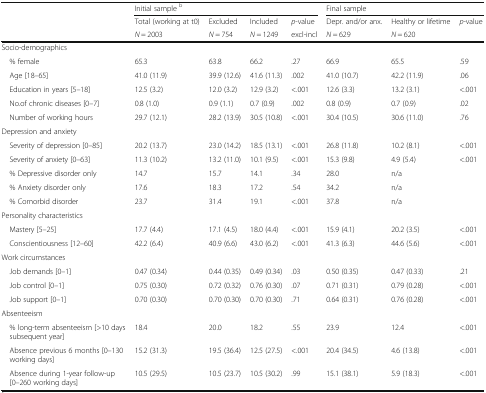
<table><thead><tr><td rowspan="3"></td><td colspan="4"><b>Initial sample <sup>b</sup></b></td><td colspan="3"><b>Final sample</b></td></tr><tr><td><b>Total (working at t0)</b></td><td><b>Excluded</b></td><td><b>Included</b></td><td><b><i>p</i>-value</b></td><td><b>Depr. and/or anx.</b></td><td><b>Healthy or lifetime</b></td><td rowspan="2"><b><i>p</i>-value</b></td></tr><tr><td><b><i>N</i> = 2003</b></td><td><b><i>N</i> = 754</b></td><td><b><i>N</i> = 1249</b></td><td><b>excl-incl</b></td><td><b><i>N</i> = 629</b></td><td><b><i>N</i> = 620</b></td></tr></thead><tbody><tr><td colspan="8">Socio-demographics</td></tr><tr><td> % female</td><td>65.3</td><td>63.8</td><td>66.2</td><td>.27</td><td>66.9</td><td>65.5</td><td>.59</td></tr><tr><td> Age [18–65]</td><td>41.0 (11.9)</td><td>39.9 (12.6)</td><td>41.6 (11.3)</td><td>.002</td><td>41.0 (10.7)</td><td>42.2 (11.9)</td><td>.06</td></tr><tr><td> Education in years [5–18]</td><td>12.5 (3.2)</td><td>12.0 (3.2)</td><td>12.9 (3.2)</td><td>&lt;.001</td><td>12.6 (3.3)</td><td>13.2 (3.1)</td><td>&lt;.001</td></tr><tr><td> No.of chronic diseases [0–7]</td><td>0.8 (1.0)</td><td>0.9 (1.1)</td><td>0.7 (0.9)</td><td>.002</td><td>0.8 (0.9)</td><td>0.7 (0.9)</td><td>.02</td></tr><tr><td> Number of working hours</td><td>29.7 (12.1)</td><td>28.2 (13.9)</td><td>30.5 (10.8)</td><td>&lt;.001</td><td>30.4 (10.5)</td><td>30.6 (11.0)</td><td>.76</td></tr><tr><td colspan="8">Depression and anxiety</td></tr><tr><td> Severity of depression [0–85]</td><td>20.2 (13.7)</td><td>23.0 (14.2)</td><td>18.5 (13.1)</td><td>&lt;.001</td><td>26.8 (11.8)</td><td>10.2 (8.1)</td><td>&lt;.001</td></tr><tr><td> Severity of anxiety [0–63]</td><td>11.3 (10.2)</td><td>13.2 (11.0)</td><td>10.1 (9.5)</td><td>&lt;.001</td><td>15.3 (9.8)</td><td>4.9 (5.4)</td><td>&lt;.001</td></tr><tr><td> % Depressive disorder only</td><td>14.7</td><td>15.7</td><td>14.1</td><td>.34</td><td>28.0</td><td>n/a</td><td></td></tr><tr><td> % Anxiety disorder only</td><td>17.6</td><td>18.3</td><td>17.2</td><td>.54</td><td>34.2</td><td>n/a</td><td></td></tr><tr><td> % Comorbid disorder</td><td>23.7</td><td>31.4</td><td>19.1</td><td>&lt;.001</td><td>37.8</td><td>n/a</td><td></td></tr><tr><td colspan="8">Personality characteristics</td></tr><tr><td> Mastery [5–25]</td><td>17.7 (4.4)</td><td>17.1 (4.5)</td><td>18.0 (4.4)</td><td>&lt;.001</td><td>15.9 (4.1)</td><td>20.2 (3.5)</td><td>&lt;.001</td></tr><tr><td> Conscientiousness [12–60]</td><td>42.2 (6.4)</td><td>40.9 (6.6)</td><td>43.0 (6.2)</td><td>&lt;.001</td><td>41.3 (6.3)</td><td>44.6 (5.6)</td><td>&lt;.001</td></tr><tr><td colspan="8">Work circumstances</td></tr><tr><td> Job demands [0–1]</td><td>0.47 (0.34)</td><td>0.44 (0.35)</td><td>0.49 (0.34)</td><td>.03</td><td>0.50 (0.35)</td><td>0.47 (0.33)</td><td>.21</td></tr><tr><td> Job control [0–1]</td><td>0.75 (0.30)</td><td>0.72 (0.32)</td><td>0.76 (0.30)</td><td>.07</td><td>0.71 (0.31)</td><td>0.79 (0.28)</td><td>&lt;.001</td></tr><tr><td> Job support [0–1]</td><td>0.70 (0.30)</td><td>0.70 (0.30)</td><td>0.70 (0.30)</td><td>.71</td><td>0.64 (0.31)</td><td>0.76 (0.28)</td><td>&lt;.001</td></tr><tr><td colspan="8">Absenteeism</td></tr><tr><td> % long-term absenteeism [&gt;10 days subsequent year]</td><td>18.4</td><td>20.0</td><td>18.2</td><td>.55</td><td>23.9</td><td>12.4</td><td>&lt;.001</td></tr><tr><td> Absence previous 6 months [0–130 working days]</td><td>15.2 (31.3)</td><td>19.5 (36.4)</td><td>12.5 (27.5)</td><td>&lt;.001</td><td>20.4 (34.5)</td><td>4.6 (13.8)</td><td>&lt;.001</td></tr><tr><td> Absence during 1-year follow-up [0–260 working days]</td><td>10.5 (29.5)</td><td>10.5 (23.7)</td><td>10.5 (30.2)</td><td>.99</td><td>15.1 (38.1)</td><td>5.9 (18.3)</td><td>&lt;.001</td></tr></tbody></table>